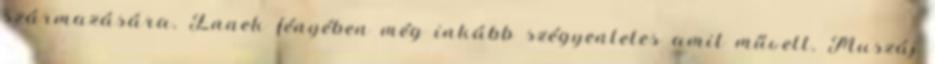
származására. Ennek fényében még inkább szégyenletes amit művelt. Muszáj